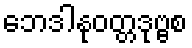
ဘေဒါနုဝတ္တဒုဗ္ဗစ